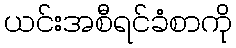
ယင်းအစီရင်ခံစာကို